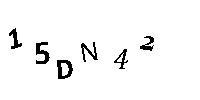
15DN42